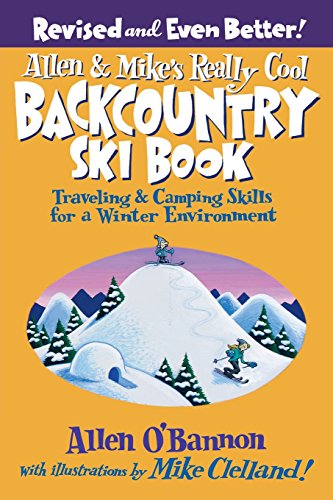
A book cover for Allen & Mike's Really Cool Backcountry Ski Book, Revised and Even Better!: Traveling & Camping Skills For A Winter Environment (Allen & Mike's Series); Allen O'bannon; Sports & Outdoors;